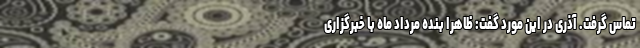
تماس گرفت. آذری در این مورد گفت: ظاهراً بنده مرداد ماه با خبرگزاری